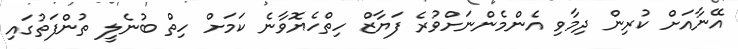
އޭނާއަށް ކުރިން ދިމާވި އެންމެންނަށްވުރެ ފަޔާޒް ހިތްހެޔޮވާނެ ކަމަށް ހިތް ބުނެލީ ތުންފަތުގައި